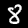
Label: 8